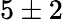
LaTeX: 5\pm 2